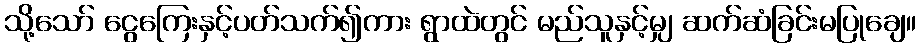
သို့သော် ငွေကြေးနှင့်ပတ်သက်၍ကား ရွာထဲတွင် မည်သူနှင့်မျှ ဆက်ဆံခြင်းမပြုချေ။